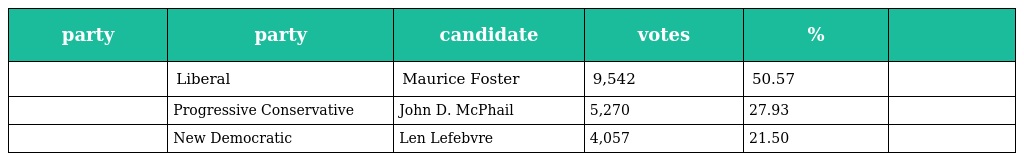
| party | party | candidate | votes | % |  |
 | --- | --- | --- | --- | --- | --- |
 |  | Liberal | Maurice Foster | 9,542 | 50.57 |  |
 |  | Progressive Conservative | John D. McPhail | 5,270 | 27.93 |  |
 |  | New Democratic | Len Lefebvre | 4,057 | 21.50 |  |